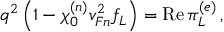
q ^ { 2 } \left( 1 - \chi _ { 0 } ^ { ( n ) } v _ { F n } ^ { 2 } f _ { L } \right) = \mathrm { R e } \, \pi _ { L } ^ { ( e ) } \, ,